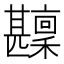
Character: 𤯑